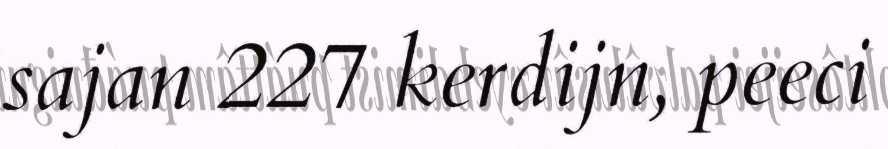
sajan 227 kerdijn, peeci